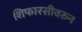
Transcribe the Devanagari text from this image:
शिफारसीवरुन